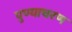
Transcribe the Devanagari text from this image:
पुण्याचरण